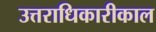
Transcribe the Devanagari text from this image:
उत्तराधिकारीकाल